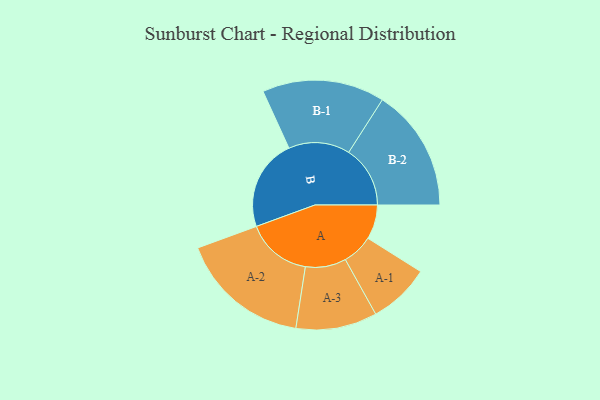
{"axis": {"x": "Segment", "y": "Value"}, "legend": ["", "A", "B"], "data": [{"x": "A", "y": 157, "type": ""}, {"x": "B", "y": 417, "type": ""}, {"x": "A-1", "y": 140, "type": "A"}, {"x": "A-2", "y": 298, "type": "A"}, {"x": "A-3", "y": 185, "type": "A"}, {"x": "B-1", "y": 279, "type": "B"}, {"x": "B-2", "y": 280, "type": "B"}]}